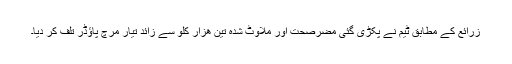
زرائع کے مطابق ٹیم نے پکڑی گئی مضرصحت اور ملاوٹ شدہ تین ھزار کلو سے زائد تیار مرچ پاؤڈر تلف کر دیا۔